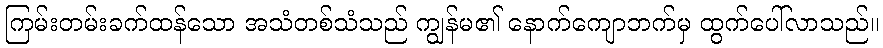
ကြမ်းတမ်းခက်ထန်သော အသံတစ်သံသည် ကျွန်မ၏ နောက်ကျောဘက်မှ ထွက်ပေါ်လာသည်။